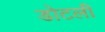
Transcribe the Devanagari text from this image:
डोटली